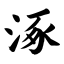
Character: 涿